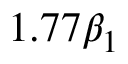
1 . 7 7 \beta _ { 1 }